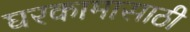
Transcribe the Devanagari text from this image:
घरकामासाठी